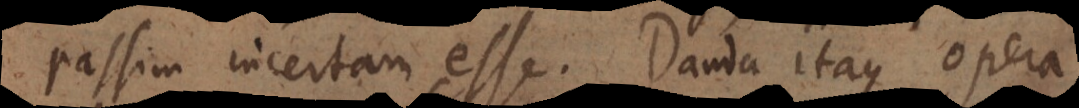
passim incertam esse. Danda itaque opera